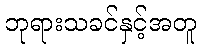
ဘုရားသခင်နှင့်အတူ